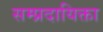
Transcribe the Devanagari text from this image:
सम्प्रदायिक्ता